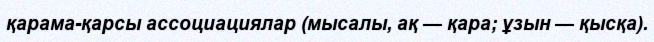
қарама-қарсы ассоциациялар (мысалы, ақ — қара; ұзын — қысқа).